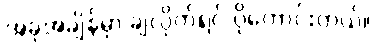
အခုအချိန်မှာ ချလိုက်ရင် ပိုကောင်းတယ်။